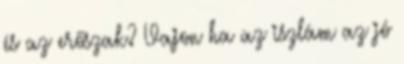
és az erőszak? Vajon ha az iszlám az jó